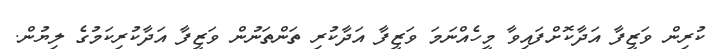
ކުރިން ވަޒީފާ އަދާކޮށްފައިވާ މީހެއްނަމަ ވަޒީފާ އަދާކުރި ތަންތަނުން ވަޒީފާ އަދާކުރިކަމުގެ ލިޔުން.